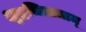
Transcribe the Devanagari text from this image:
क्षुद्रचित्तताम्